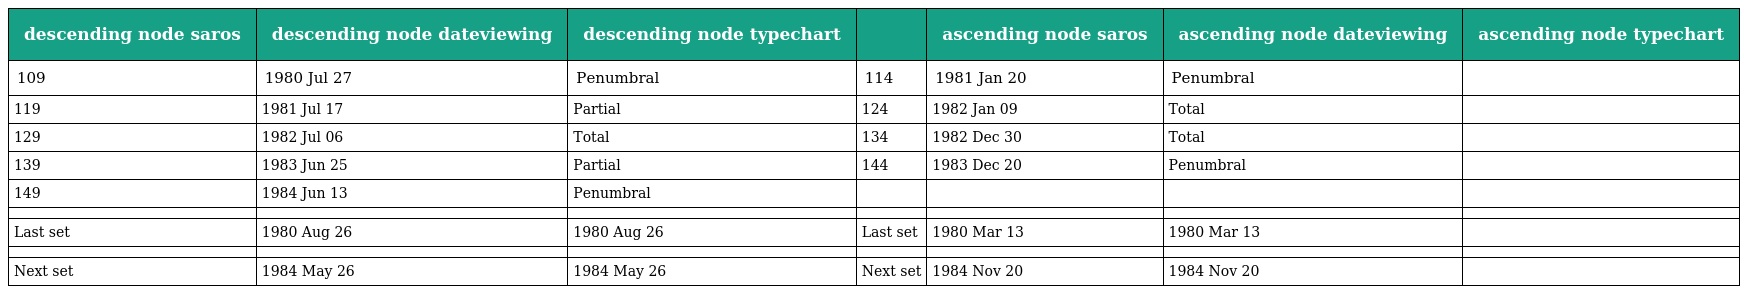
| descending node saros | descending node dateviewing | descending node typechart |  | ascending node saros | ascending node dateviewing | ascending node typechart |
 | --- | --- | --- | --- | --- | --- | --- |
 | 109 | 1980 Jul 27 | Penumbral | 114 | 1981 Jan 20 | Penumbral |  |
 | 119 | 1981 Jul 17 | Partial | 124 | 1982 Jan 09 | Total |  |
 | 129 | 1982 Jul 06 | Total | 134 | 1982 Dec 30 | Total |  |
 | 139 | 1983 Jun 25 | Partial | 144 | 1983 Dec 20 | Penumbral |  |
 | 149 | 1984 Jun 13 | Penumbral |  |  |  |  |
 |  |  |  |  |  |  |  |
 | Last set | 1980 Aug 26 | 1980 Aug 26 | Last set | 1980 Mar 13 | 1980 Mar 13 |  |
 |  |  |  |  |  |  |  |
 | Next set | 1984 May 26 | 1984 May 26 | Next set | 1984 Nov 20 | 1984 Nov 20 |  |